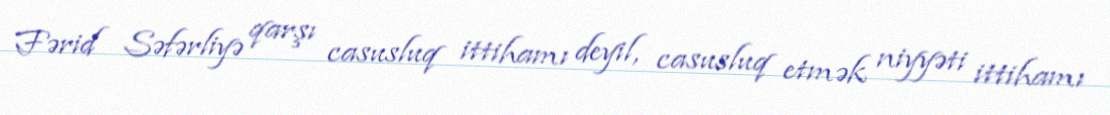
Fərid Səfərliyə qarşı casusluq ittihamı deyil, casusluq etmək niyyəti ittihamı